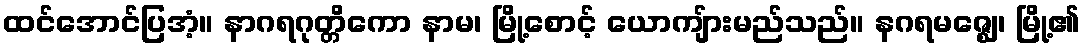
ထင်အောင်ပြအံ့။ နာဂရဂုတ္တိကော နာမ၊ မြို့စောင့် ယောကျ်ားမည်သည်။ နဂရမဇ္ဈေ၊ မြို့၏